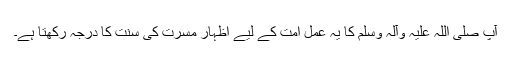
آپ صلی اللہ علیہ وآلہ وسلم کا یہ عمل امت کے لیے اِظہارِ مسرت کی سنت کا درجہ رکھتا ہے۔